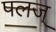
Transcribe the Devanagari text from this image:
पलज्